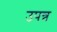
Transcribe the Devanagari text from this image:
उपन्न